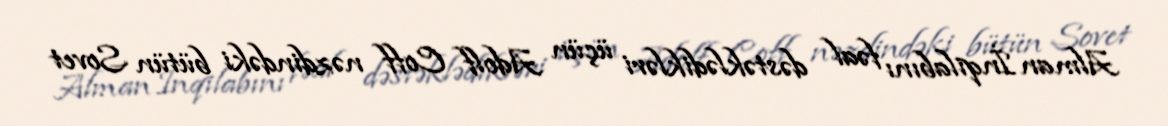
Alman İnqilabını fəal dəstəklədikləri üçün Adolf Coff nəzdindəki bütün Sovet